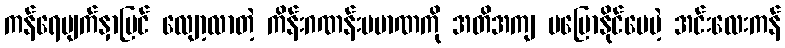
ကန်ရေမျက်နှာပြင် လျော့လာတဲ့ ကိန်းဂဏန်းပမာဏကို အတိအကျ မပြောနိုင်ပေမဲ့ အင်းလေးကန်